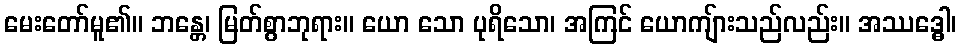
မေးတော်မူ၏။ ဘန္တေ၊ မြတ်စွာဘုရား။ ယော သော ပုရိသော၊ အကြင် ယောကျ်ားသည်လည်း။ အဿဒ္ဓေါ၊